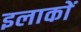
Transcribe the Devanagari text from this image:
इलाकाें